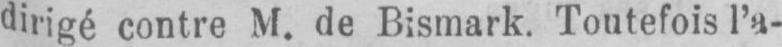
dirigé contre M. de Bismark. Toutefois l’a-